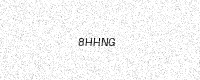
Text: 8HHNG